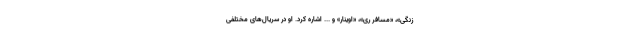
زنگی»، «مسافر ری»، «اوینار» و ... اشاره کرد. او در سریال‌های مختلفی